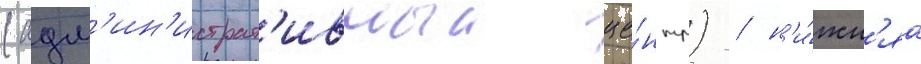
(адм'ин'истрат'ивныи це́нтр) / н'и́жн'яа